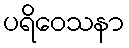
ပရိဝေသနာ